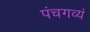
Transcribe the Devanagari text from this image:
पंचगव्यं